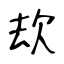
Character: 㰦